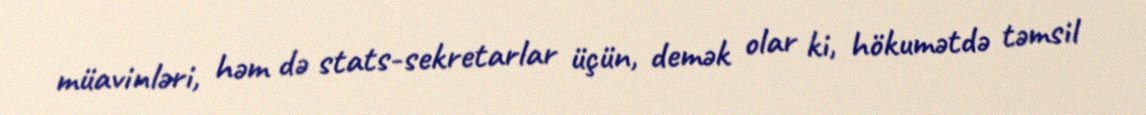
müavinləri, həm də stats-sekretarlar üçün, demək olar ki, hökumətdə təmsil